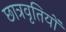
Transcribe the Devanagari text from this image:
छात्रवृतियों